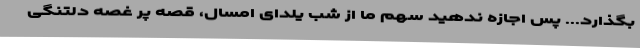
بگذارد... پس اجازه ندهید سهم ما از شب یلدای امسال، قصه پر غصه دلتنگی